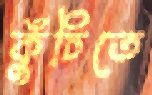
কুঁচিতে